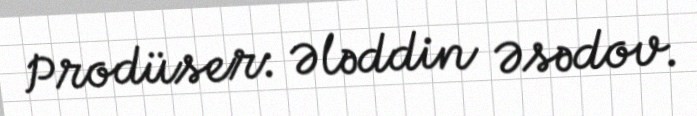
Prodüser: Ələddin Əsədov.